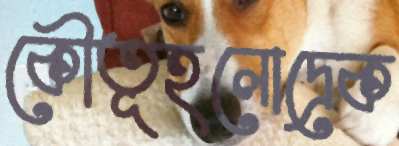
কৌতূহলোদ্রেক